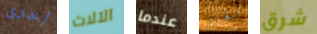
أخرى الآلات عندما الحار شرق